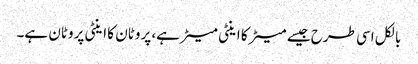
بالکل اسی طرح جیسے میٹر کا اینٹی میٹر ہے، پروٹان کا اینٹی پروٹان ہے۔